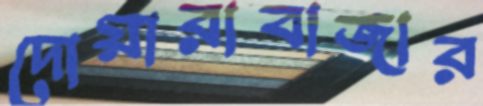
দোয়ারাবাজার